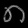
Digit: ၈